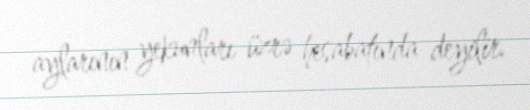
aylarının yekunları üzrə hesabatında deyilir.